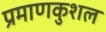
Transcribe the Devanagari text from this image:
प्रमाणकुशल